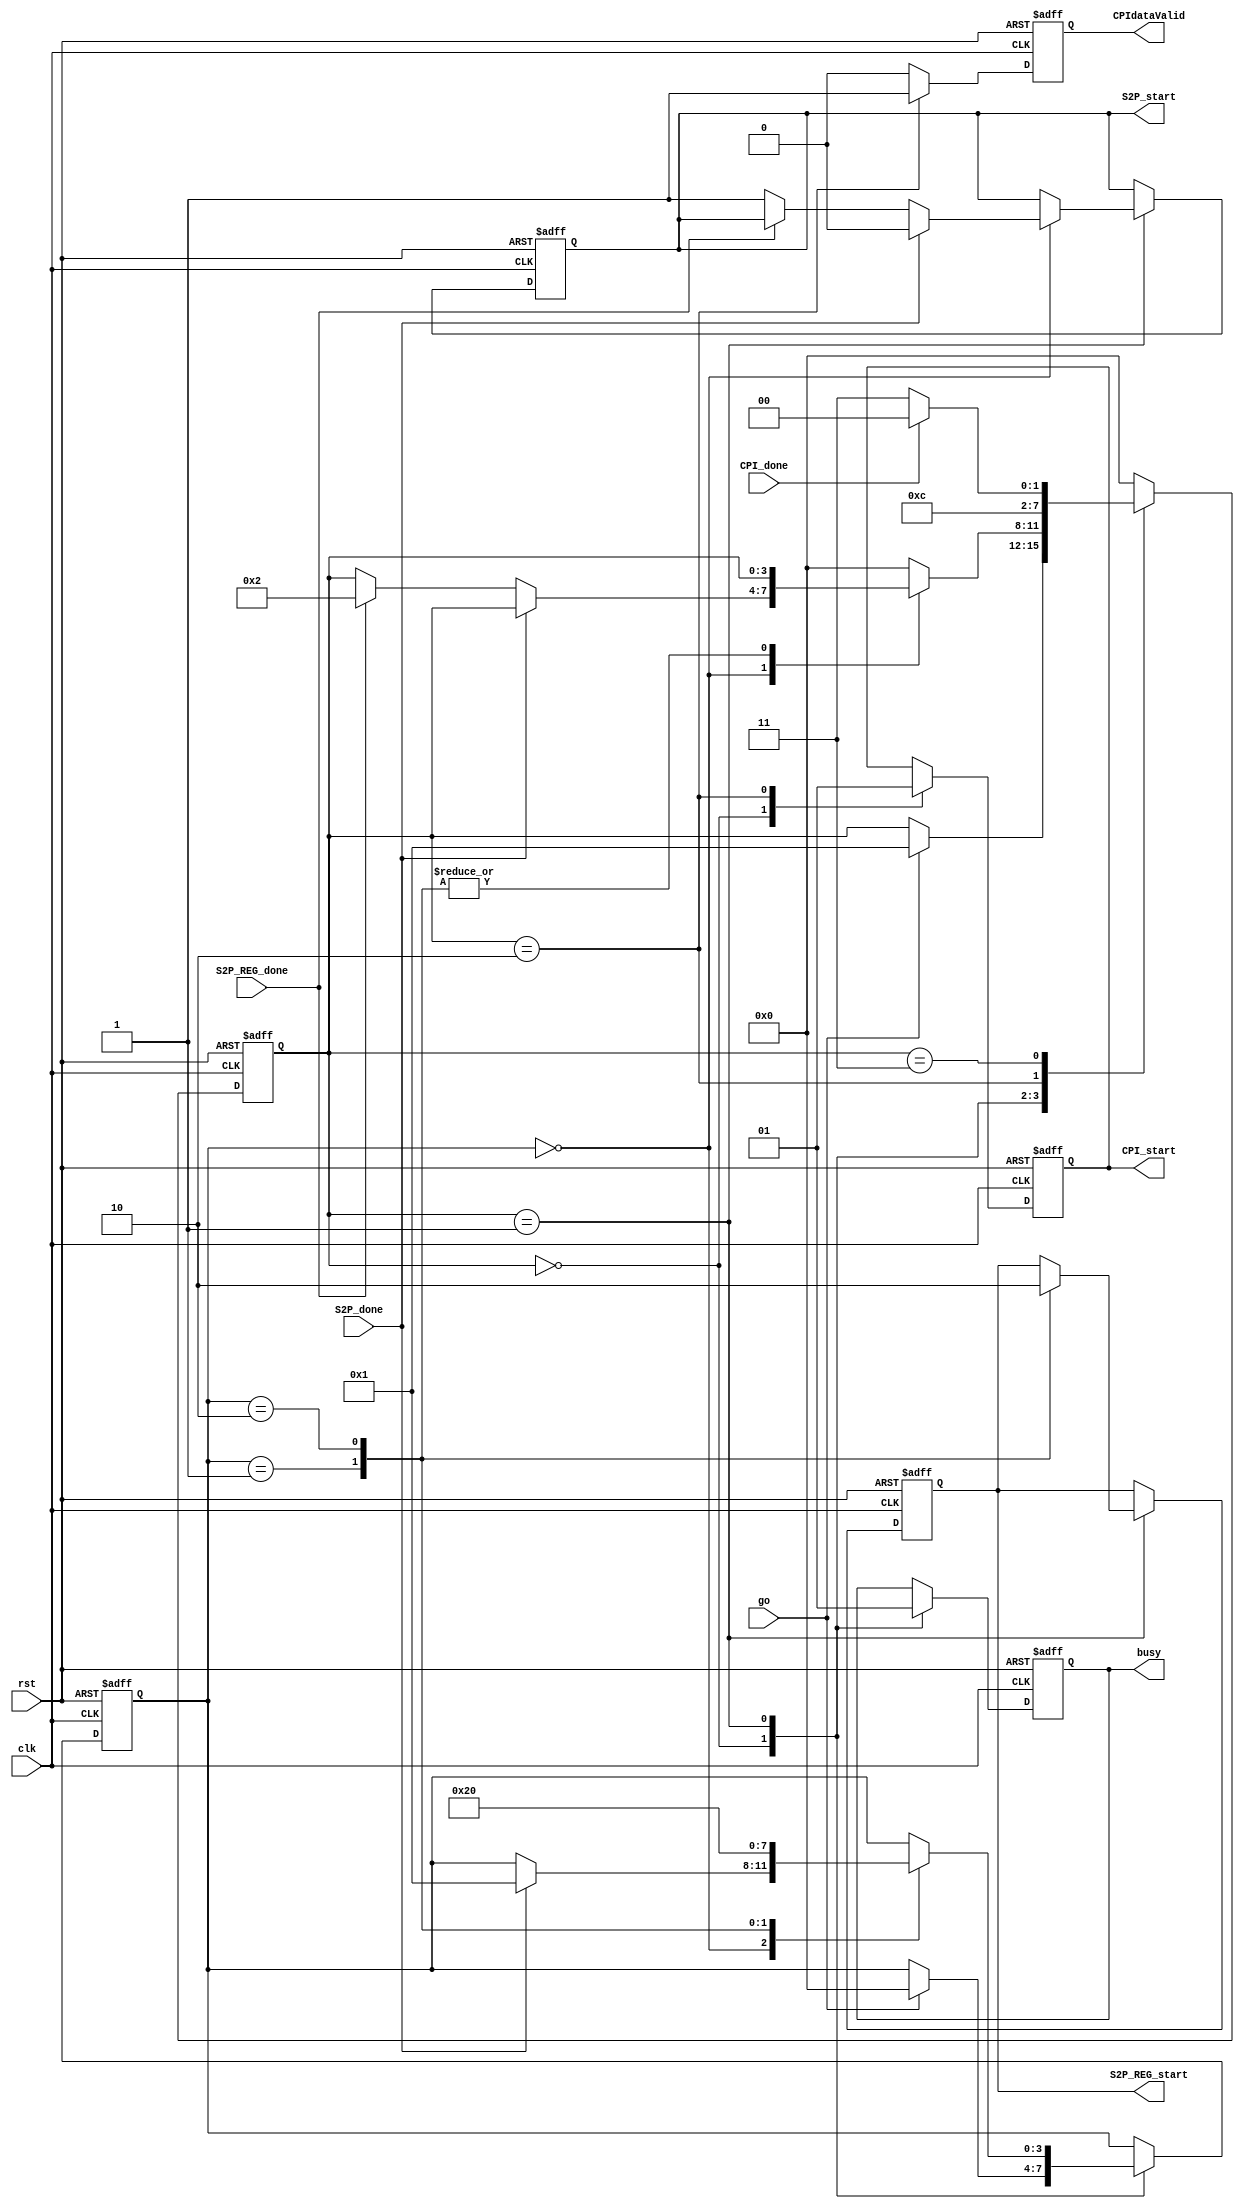
module Controller #(
    parameter test = 10
) (
    // Inputs
    input   wire         S2P_done,
    input   wire         S2P_REG_done,
    input   wire         CPI_done,
    input   wire         clk,
    input   wire         rst,
    input   wire         go,

    // Outputs
    output  reg          S2P_start,
    output  reg          S2P_REG_start,
    output  reg          CPI_start,
    output  reg          CPIdataValid,
    output  reg          busy   
);
    
    reg [3:0]   stateL1;
    reg [3:0]   stateL2;

    // Idle state
    parameter idleState = 0;
    // Serial to prallel conversion level 1 state
    parameter S2PStateL1 = 1;

        // Serial to prallel conversion level 2 state
        parameter S2PStateL2   = 0;
        //QAM state
        parameter QAMState     = 1;
        // Serial to paralle register conversion state
        parameter S2P_REGState = 2;

    // IFFT processing state
    parameter IFFTState  = 2;
    // Cyclic prefix insertion & Serialization state
    parameter CPIState   = 3;

    always @(posedge clk or negedge rst) 
        begin
            if(!rst)
                begin
                    stateL1        <= idleState; // set state to idle
                    stateL2        <= S2PStateL2;
                    S2P_start      <= 0;
                    S2P_REG_start  <= 0;
                    CPI_start      <= 0;
                    CPIdataValid   <= 0;
                    busy           <= 0;
                end
            else
                begin

                    CPIdataValid <= 0;

                    case (stateL1)
                       // idle
                       idleState : begin
                           busy      <= 0;
                           CPI_start <= 0;
                            if(go)
                                begin
                                    stateL1 <= S2PStateL1; // set state to serial conversion
                                    stateL2 <= S2PStateL2; // reset state level 2 to 0
                                end
                       end


                       // S2P conversion
                       S2PStateL1 : begin

                           busy <= 1;                       // once out of idle state, busy flag is held high
                           case (stateL2)

                               // S2P
                               S2PStateL2 : begin           // when S2P is done, move to QAM
                                    if(S2P_done)
                                     begin
                                         S2P_start <= 0;
                                         stateL2   <= QAMState;
                                     end
                                    else if(S2P_REG_done)   // when S2P_REG is doen move to IFFT
                                        begin
                                            stateL1 <= IFFTState;
                                        end
                                    else
                                        begin
                                            S2P_start <= 1;
                                        end
                               end

                               // QAM
                               QAMState : begin             // when QAM is done, move to S2P_REG
                                    stateL2       <= S2P_REGState;
                                    S2P_REG_start <= 1;
                               end

                               // S2P REG
                               S2P_REGState : begin          // when a QAM output is registered in S2P_REG move to S2P and repeat till S2P_REG is done
                                   
                                    S2P_REG_start <= 0;
                                    stateL2       <= S2PStateL2;
                                        
                               end
                               default: stateL1 <= idleState;
                           endcase
                           
                       end
                       // IFFT processing
                       IFFTState : begin                    // when IFFT is done, move to CPI
                            stateL1      <= CPIState;
                            CPI_start    <= 1;
                            CPIdataValid <= 1;
                       end
                       // CPI & Serializing
                       CPIState : begin                     // when CPI is done, move to idle
                            if(CPI_done)
                                begin
                                    stateL1 <= idleState;
                                end
                            else 
                                begin
                                    stateL1 <= CPIState;
                                end
                       end

                        default: stateL1 <= idleState; // set state to idle
                    endcase
                end
        end
endmodule